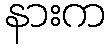
နားက